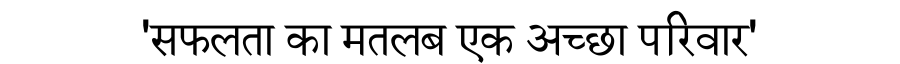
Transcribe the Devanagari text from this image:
'सफलता का मतलब एक अच्छा परिवार'